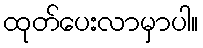
ထုတ်ပေးလာမှာပါ။